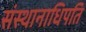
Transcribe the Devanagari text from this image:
संस्थानाधिपति